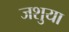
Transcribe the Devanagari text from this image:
जशुया